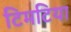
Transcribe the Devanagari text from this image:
टिमटिया